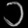
Digit: ၁